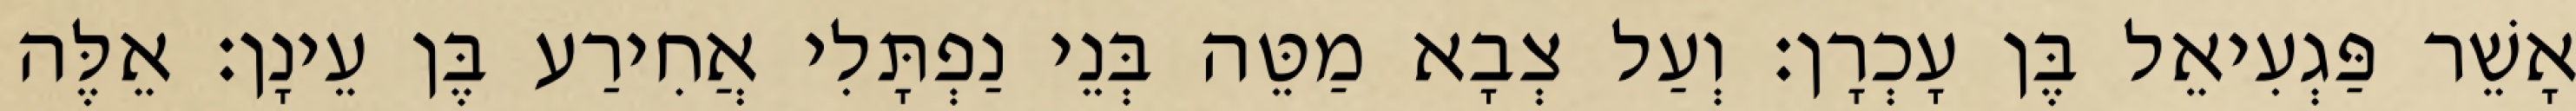
אָשֵׁר פַּגְעִיאֵל בֶּן עָכְרָן׃ וְעַל צְבָא מַטֵּה בְּנֵי נַפְתָּלִי אֲחִירַע בֶּן עֵינָן׃ אֵלֶּה